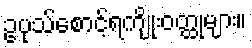
ဥပုသ်စောင့်ရကျိုးဝတ္ထုများ။